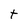
Character: t